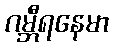
ဂမ္ဘီရနေမာ